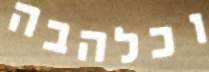
וכלהבה